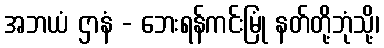
အဘယံ ဌာနံ - ဘေးရန်ကင်းမြုံ နတ်တို့ဘုံသို့၊